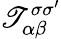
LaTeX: \mathscr{T}_{\alpha\beta}^{\sigma\sigma^{\prime}}